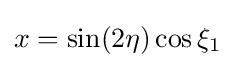
x=\sin(2\eta )\cos \xi _{1}